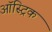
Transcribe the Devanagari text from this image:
ऑस्ट्रिक